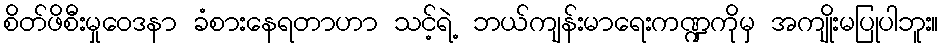
စိတ်ဖိစီးမှုဝေဒနာ ခံစားနေရတာဟာ သင့်ရဲ့ ဘယ်ကျန်းမာရေးကဏ္ဍကိုမှ အကျိုးမပြုပါဘူး။